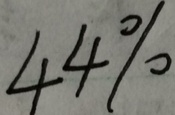
4 4 \%